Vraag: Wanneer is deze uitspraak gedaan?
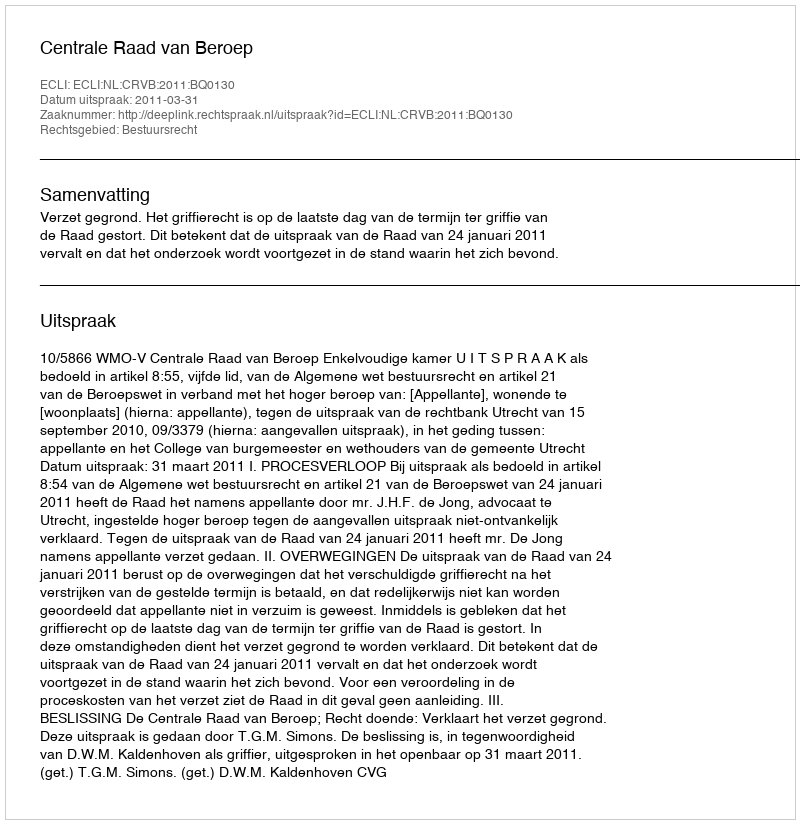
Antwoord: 2011-03-31